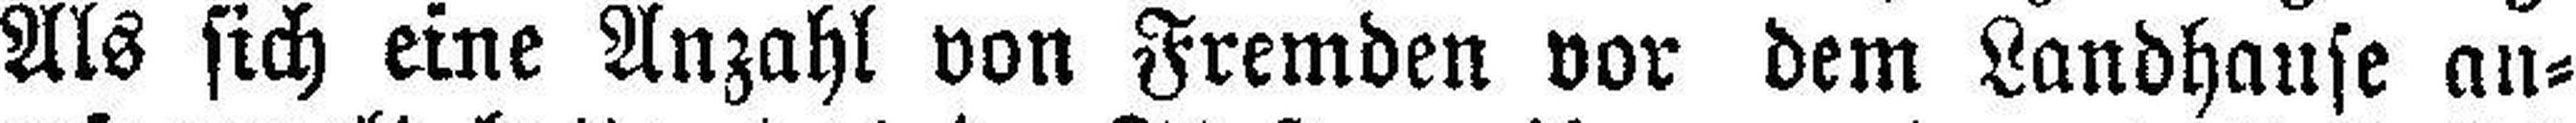
Als sich eine Anzahl von Fremden vor dem Landhause au¬